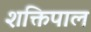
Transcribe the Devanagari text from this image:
शक्तिपाल